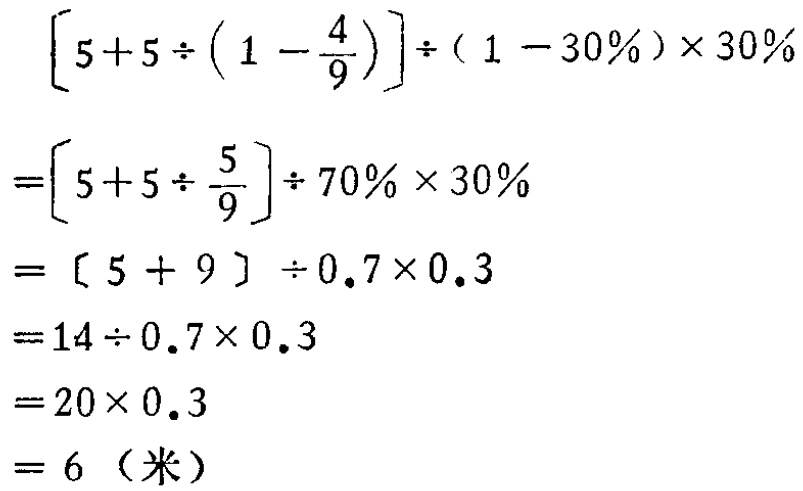
\[

\begin{align*}

&\left[5 + 5\div\left(1-\frac{4}{9}\right)\right]\div(1 - 30\%)\times30\%\\

=&\left[5 + 5\div\frac{5}{9}\right]\div70\%\times30\%\\

=&[5 + 9]\div0.7\times0.3\\

=&14\div0.7\times0.3\\

=&20\times0.3\\

=&6（米）

\end{align*}

\]